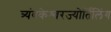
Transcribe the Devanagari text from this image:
त्र्यंबकेश्‍वरज्योर्तिलिंग